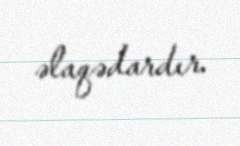
əlaqədardır.